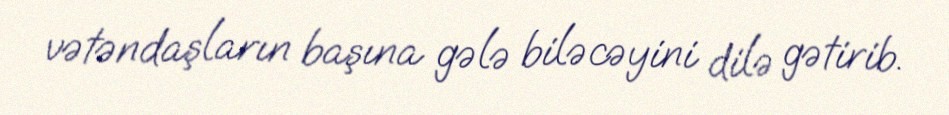
vətəndaşların başına gələ biləcəyini dilə gətirib.